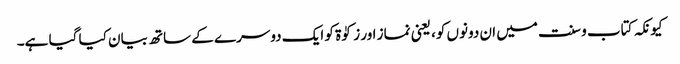
کیونکہ کتاب و سنت میں ان دونوں کو، یعنی نماز اور زکوٰۃ کو ایک دوسرے کے ساتھ بیان کیا گیا ہے۔